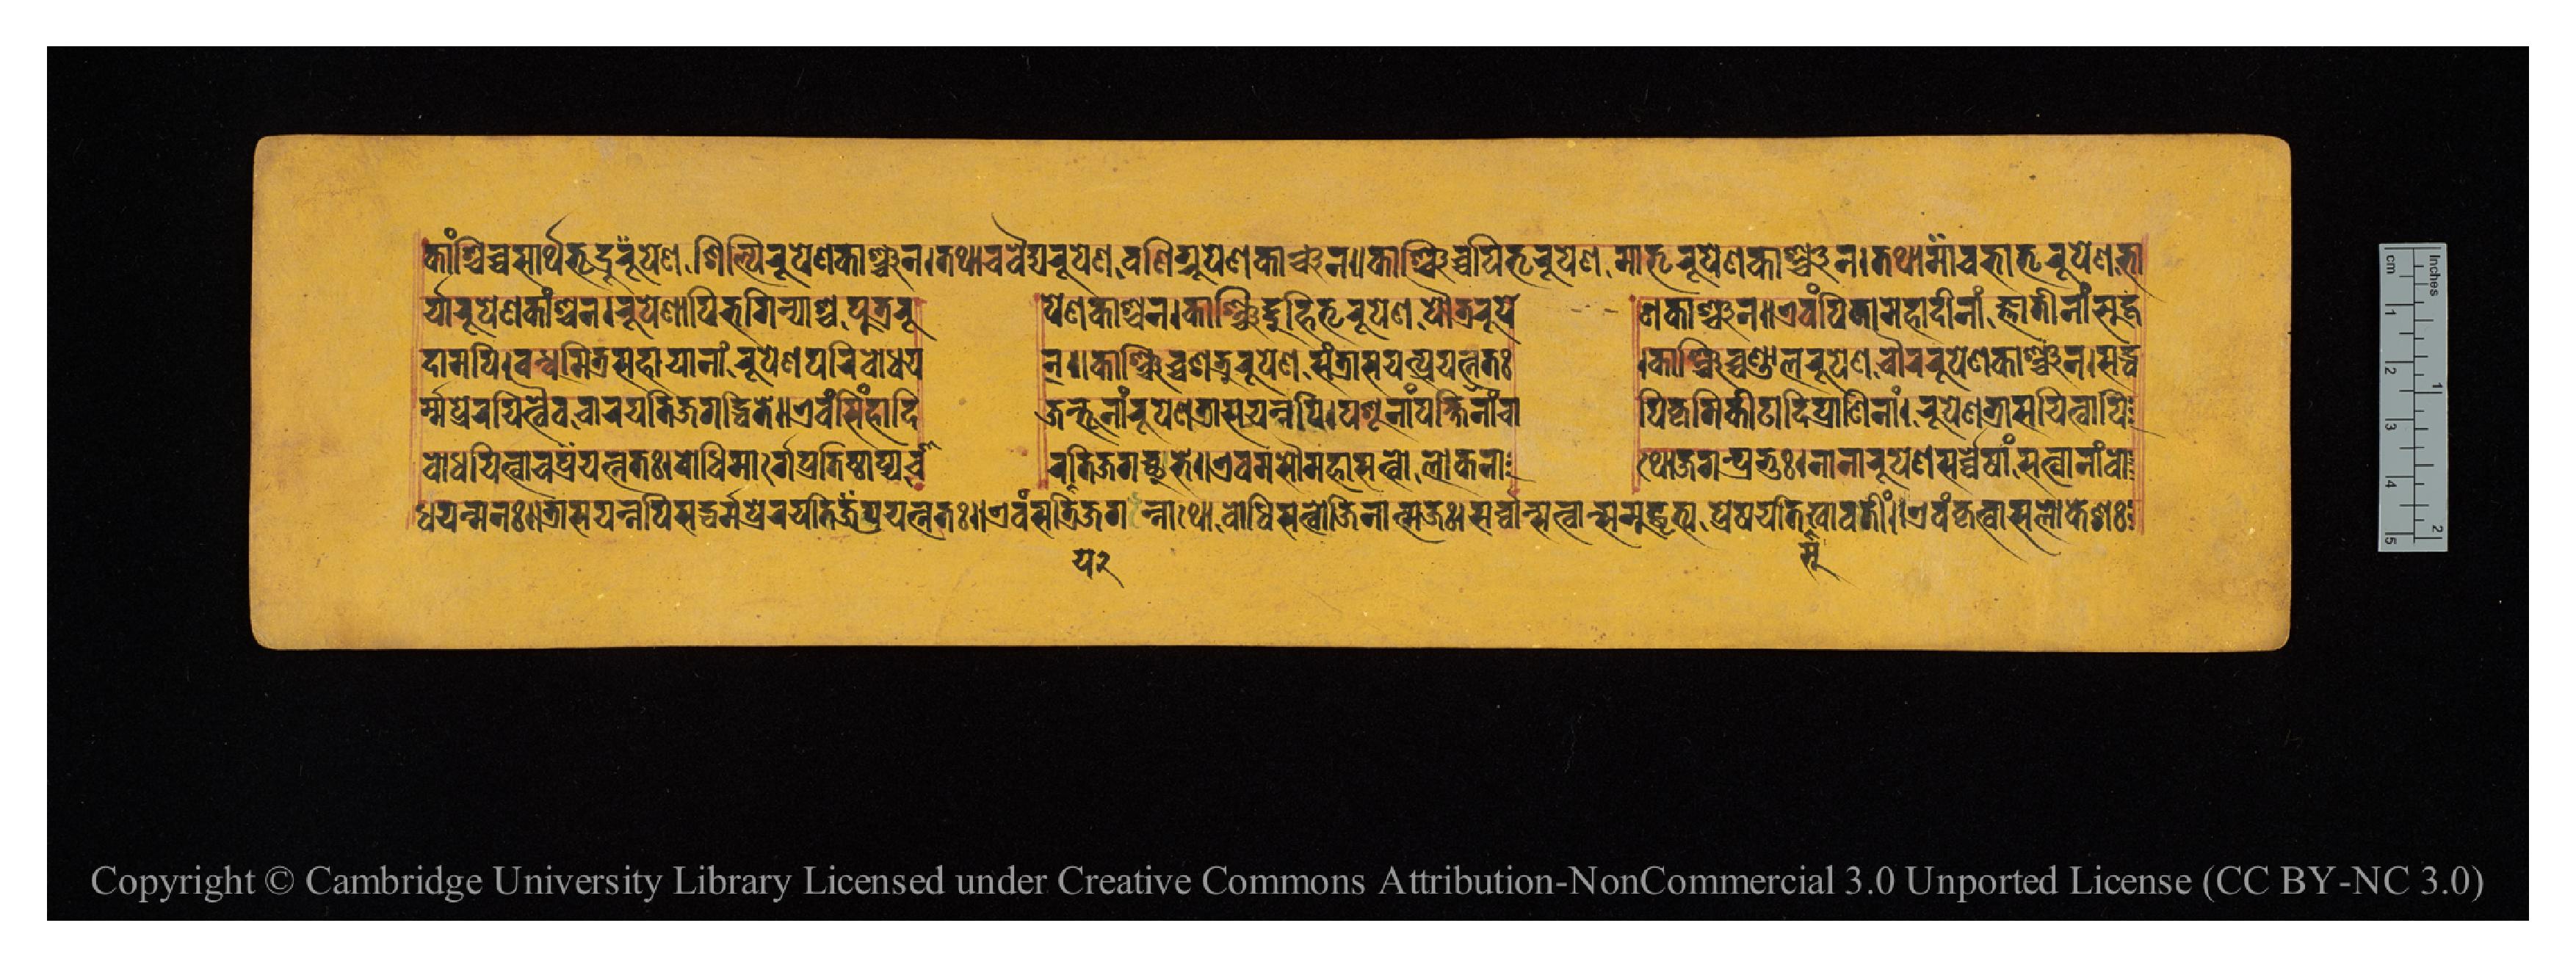
𑐎𑐵𑑄𑐱𑑂𑐔𑐶𑐔𑑂𑐔𑐳𑐵𑐬𑑂𑐠𑐨𑐺𑐡𑑂𑐬𑐹𑐥𑐾𑐞𑐱𑐶𑐣𑑂𑐥𑐶𑐬𑐸𑐥𑐾𑐞𑐎𑐵𑑄𑐱𑑂𑐔𑐣𑑋𑐟𑐠𑐵𑐔𑐰𑐿𑐡𑑂𑐫𑐬𑐸𑐥𑐾𑐞𑐰𑐞𑐶𑐐𑑂𑐬𑐹𑐥𑐾𑐞𑐎𑐵𑑄𑐱𑑂𑐔𑐣𑑌𑐎𑐵𑑄𑐱𑑂𑐔𑐶𑐔𑑂𑐔𑐥𑐶𑐟𑐺𑐬𑐸𑐥𑐾𑐞𑐩𑐵𑐟𑐺𑐬𑐸𑐥𑐾𑐞𑐎𑐵𑑄𑐱𑑂𑐔𑐣𑑌𑐟𑐠𑐵𑐔𑐨𑑂𑐬𑐵𑐟𑐺𑐬𑐸𑐥𑐾𑐞𑐨𑐵 𑐬𑑂𑐫𑐵𑐬𑐸𑐥𑐾𑐞𑐎𑐵𑑄𑐱𑑂𑐔𑐣𑑋𑐬𑐸𑐥𑐾𑐞𑐵𑐥𑐶𑐨𑐐𑐶𑐣𑑂𑐫𑐵𑐱𑑂𑐔𑐥𑐸𑐟𑑂𑐬𑐬𑐹  𑐥𑐾𑐞𑐎𑐵𑑄𑐱𑑂𑐔𑐣𑑌𑐎𑐱𑑂𑐔𑐶𑐡𑑂𑐡𑐸𑐴𑐶𑐟𑐺𑐬𑐸𑐥𑐾𑐞𑐥𑑁𑐟𑑂𑐬𑐬𑐸𑐥𑐾  𑐞𑐎𑐵𑑄𑐱𑑂𑐔𑐣𑑋𑐊𑐰𑑄𑐥𑐶𑐟𑐵𑐩𑐴𑐵𑐡𑐷𑐣𑐵𑑄𑐖𑑂𑐘𑐵𑐟𑐷𑐣𑐵𑑄𑐳𑐸𑐴𑐺 𑐡𑐵𑐩𑐥𑐶𑑌𑐧𑑄𑐢𑐸𑐩𑐶𑐟𑑂𑐬𑐳𑐴𑐵𑐫𑐵𑐣𑐵𑑄𑐬𑐸𑐥𑐾𑐞𑐥𑐬𑐶𑐧𑑀𑐢𑐫  𑐣𑑂𑑋𑐎𑐵𑑄𑐱𑑂𑐔𑐶𑐔𑑂𑐔𑐱𑐟𑑂𑐬𑐸𑐬𑐸𑐥𑐾𑐞𑐳𑑄𑐟𑑂𑐬𑐵𑐳𑐫𑐣𑑂𑐥𑑂𑐬𑐫𑐟𑑂𑐣𑐟𑑅  𑑋𑐎𑐵𑑄𑐱𑑂𑐔𑐶𑐔𑑂𑐔𑐞𑑂𑐜𑐵𑐮𑐬𑐸𑐥𑐾𑐞𑐔𑑁𑐬𑐬𑐸𑐥𑐾𑐞𑐎𑐵𑑄𑐱𑑂𑐔𑐣𑑋𑐳𑐡𑑂𑐢  𑐬𑑂𑐩𑑂𑐩𑐾𑐥𑑂𑐬𑐾𑐬𑐫𑐶𑐟𑑂𑐰𑐿𑐰𑐔𑐬𑐬𑐫𑐟𑐶𑐖𑐐𑐡𑑂𑐢𑐶𑐟𑐾𑑌𑐊𑐰𑑄𑐳𑐶𑑄𑐴𑐵𑐡𑐶  𑐖𑐣𑑂𑐟𑐹𑐣𑐵𑑄𑐬𑐸𑐥𑐾𑐞𑐟𑑂𑐬𑐵𑐳𑐫𑐣𑑂𑐣𑐥𑐶𑑋𑐥𑐱𑐹𑐣𑐵𑑄𑐥𑐎𑑂𑐲𑐶𑐞𑐵𑐘𑑂𑐔𑐵  𑐥𑐶𑐎𑐺𑐩𑐶𑐎𑐷𑐚𑐵𑐡𑐶𑐥𑑂𑐬𑐵𑐞𑐶𑐣𑐵𑑄𑑌𑐬𑐸𑐥𑐾𑐞𑐟𑑂𑐬𑐵𑐳𑐫𑐶𑐟𑑂𑐰𑐵𑐥𑐶 𑐢𑐫𑐣𑑂𑐩𑐣𑑅𑑌𑐟𑑂𑐬𑐵𑐳𑐫𑐣𑑂𑐣𑐥𑐶𑐳𑐡𑑂𑐢𑐬𑑂𑐩𑐾𑐥𑑂𑐬𑐾𑐬𑐫𑐳𑐶𑐥𑑂𑐬𑐫𑐟𑑂𑐣𑐟𑑅𑑌𑐊𑐰𑑄𑐳𑐟𑑂𑐬𑐶𑐖𑐐𑐣𑑂𑐣𑐵𑐠𑑀𑐧𑑀𑐢𑐶𑐳𑐟𑑂𑐰𑑀𑐖𑐶𑐣𑐵𑐟𑑂𑐩𑐖𑑅𑑋𑐳𑐬𑑂𑐰𑑂𑐰𑐵𑐣𑑂𑐳𑐟𑑂𑐰𑐵𑐣𑑂𑐳𑐩𑐸𑐡𑑂𑐢𑐺𑐟𑑂𑐫𑐥𑑂𑐬𑐾𑐲𑐫𑐟𑐶𑐳𑐸𑐏𑐵𑐰𑐟𑐷𑑄𑑌𑐊𑐰𑑄𑐎𑐺𑐟𑑂𑐰𑐵𑐳𑐮𑑀𑐎𑐾𑐱𑑅 𑐧𑑀𑐢𑐫𑐶𑐟𑑂𑐰𑐵𑐔𑐫𑐟𑑂𑐣𑐟𑑅𑑋𑐧𑑀𑐢𑐶𑐩𑐵𑐬𑑂𑐐𑐾𑐥𑑂𑐬𑐟𑐶𑐲𑑂𑐛𑐵𑐥𑑂𑐫𑐔𑐵  𑐬𑐟𑐶𑐖𑐐𑐔𑑂𑐕𑐸𑐨𑐾𑑌𑐊𑐰𑐩𑐳𑑁𑐩𑐴𑐵𑐳𑐟𑑂𑐰𑑀𑐮𑑀𑐎𑐣𑐵  𑐠𑑀𑐖𑐐𑐟𑑂𑐥𑑂𑐬𑐨𑐸𑑅𑑋𑐣𑐵𑐣𑐵𑐬𑐸𑐥𑐾𑐞𑐳𑐬𑑂𑐰𑑂𑐰𑐾𑐲𑐵𑑄𑐳𑐟𑑂𑐰𑐵𑐣𑐵𑑄𑐧𑑀